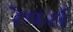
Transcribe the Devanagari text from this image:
रेपर्स